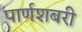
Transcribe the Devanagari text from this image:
पार्णशबरी